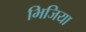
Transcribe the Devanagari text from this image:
भिजिया